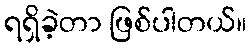
ရရှိခဲ့တာ ဖြစ်ပါတယ်။